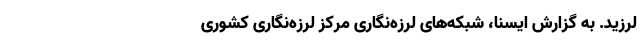
لرزید. به گزارش ایسنا، شبکه‌های لرزه‌نگاری مرکز لرزه‌نگاری کشوری